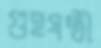
গুহষষ্ঠী